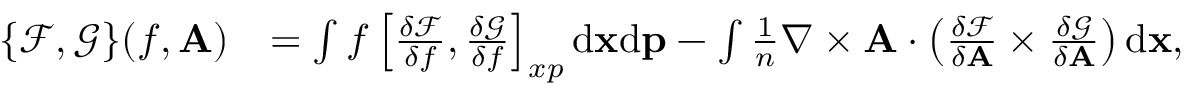
\begin{array} { r l } { \{ \mathcal { F } , \mathcal { G } \} ( f , { \mathbf A } ) } & { = \int f \left[ \frac { \delta \mathcal { F } } { \delta f } , \frac { \delta \mathcal { G } } { \delta f } \right] _ { x p } \mathrm { d } { \mathbf x } \mathrm { d } { \mathbf p } - \int \frac { 1 } { n } \nabla \times \mathbf { A } \cdot \left( \frac { \delta \mathcal { F } } { \delta { \mathbf A } } \times \frac { \delta \mathcal { G } } { \delta { \mathbf A } } \right) \mathrm { d } { \mathbf x } , } \end{array}